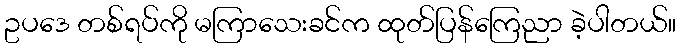
ဥပဒေ တစ်ရပ်ကို မကြာသေးခင်က ထုတ်ပြန်ကြေညာ ခဲ့ပါတယ်။